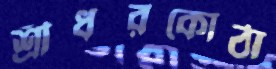
শ্রীধরকোঠা